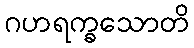
ဂဟရက္ခသောတိ